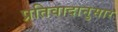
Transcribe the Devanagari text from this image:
प्रतिवादानुसार